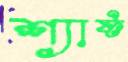
শ্যাফ্ট